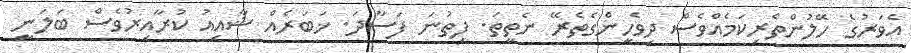
އެވަރުގެ ހޭލުންތެރިކަމެއްވެސް ދިވެހީންގެތެރޭ ނެތީތަ. ފިތުނަ ފަސާދަ. ޚަބަރެއް ޝާއިއު ކުރާއިރުވެސް ބަލަނީ